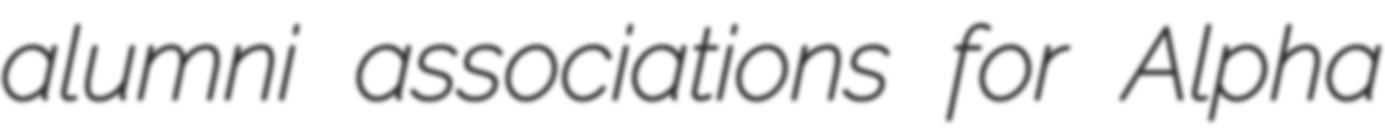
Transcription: alumni associations for Alpha